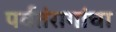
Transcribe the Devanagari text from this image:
पर्वतंरागांचा